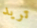
تريد